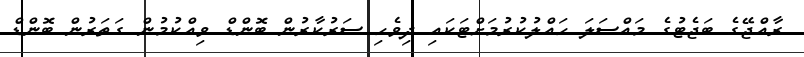
ރާއްޖޭގެ ބަޖެޓުގެ މައްސަލަ ހައްލުކުރުމަށްޓަކައި ދިވެހި ސަރުކާރުން ބޮންޑް ވިއްކުމުން ގަތަރުން ބޮންޑް